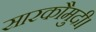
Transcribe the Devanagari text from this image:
सारकौमुदी।